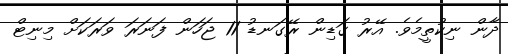
ދާން ނިކުތީމެވެ. އޭރު ގަޑިން ރޭގަނޑު 11 ޖަހަން ފަނަރަ ވަރަކަށް މިނިޓް